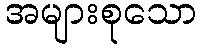
အများစုသော